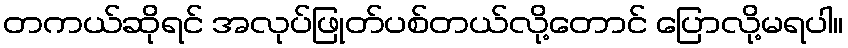
တကယ်ဆိုရင် အလုပ်ဖြုတ်ပစ်တယ်လို့တောင် ပြောလို့မရပါ။